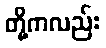
တို့ကလည်း